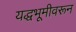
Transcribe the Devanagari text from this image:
यद्धभूमीवरून